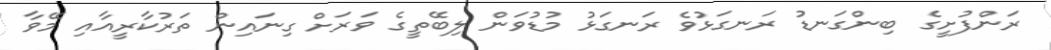
ރަންފުށީގެ ބިންގަނޑު ރަނގަޅުވެ ރަނގަޅު މުޑުވަން ލިބޭތީގެ ވަރަށް ގިނައިން ތަރުކާރީއާއި މޭވާ